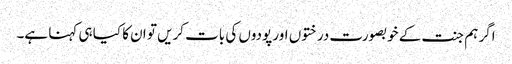
اگر ہم جنت کے خوبصورت درختوں اور پودوں کی بات کریں تو ان کا کیا ہی کہنا ہے۔